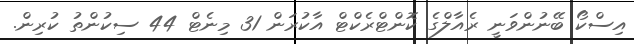
އިސްކޯ ބޭނުންވަނީ ރެއާލްގެ ކޮންޓްރެކްޓް އާކުރަން 31 މިނެޓް 44 ސިކުންތު ކުރިން.